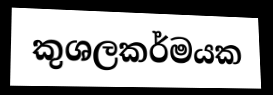
කුශලකර්මයක